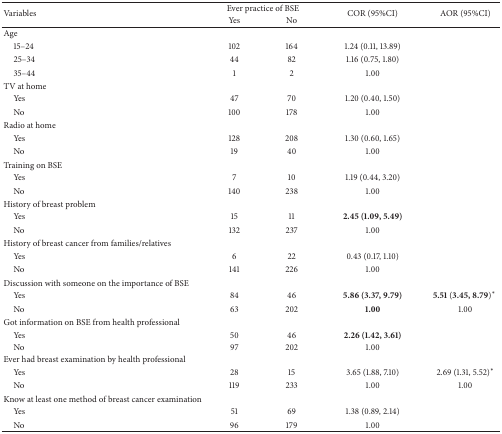
| <ROWSPAN=2> Variables | <COLSPAN=2> Ever practice of BSE | <ROWSPAN=2> COR (95%CI) | <ROWSPAN=2> AOR (95%CI) |
 | Yes | No |
 | --- | --- | --- | --- | --- |
 | Age |  |  |  |  |
 | 15–24 | 102 | 164 | 1.24 (0.11, 13.89) |  |
 | 25–34 | 44 | 82 | 1.16 (0.75, 1.80) |  |
 | 35–44 | 1 | 2 | 1.00 |  |
 | TV at home |  |  |  |  |
 | Yes | 47 | 70 | 1.20 (0.40, 1.50) |  |
 | No | 100 | 178 | 1.00 |  |
 | Radio at home |  |  |  |  |
 | Yes | 128 | 208 | 1.30 (0.60, 1.65) |  |
 | No | 19 | 40 | 1.00 |  |
 | Training on BSE |  |  |  |  |
 | Yes | 7 | 10 | 1.19 (0.44, 3.20) |  |
 | No | 140 | 238 | 1.00 |  |
 | History of breast problem |  |  |  |  |
 | Yes | 15 | 11 | 2.45 (1.09, 5.49) |  |
 | No | 132 | 237 | 1.00 |  |
 | History of breast cancer from families/relatives |  |  |  |  |
 | Yes | 6 | 22 | 0.43 (0.17, 1.10) |  |
 | No | 141 | 226 | 1.00 |  |
 | Discussion with someone on the importance of BSE |  |  |  |  |
 | Yes | 84 | 46 | 5.86 (3.37, 9.79) | 5.51(3.45, 8.79)* |
 | No | 63 | 202 | 1.00 | 1.00 |
 | Got information on BSE from health professional |  |  |  |  |
 | Yes | 50 | 46 | 2.26 (1.42, 3.61) |  |
 | No | 97 | 202 | 1.00 |  |
 | Ever had breast examination by health professional |  |  |  |  |
 | Yes | 28 | 15 | 3.65 (1.88, 7.10) | 2.69 (1.31, 5.52)* |
 | No | 119 | 233 | 1.00 | 1.00 |
 | Know at least one method of breast cancer examination |  |  |  |  |
 | Yes | 51 | 69 | 1.38 (0.89, 2.14) |  |
 | No | 96 | 179 | 1.00 |  |